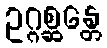
ဥဂ္ဂစ္ဆန္တေ